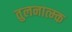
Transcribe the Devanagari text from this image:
तुलनात्म्क